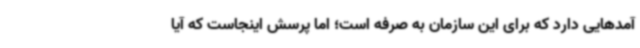
آمدهایی دارد که برای این سازمان به صرفه است؛ اما پرسش اینجاست که آیا